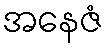
အနေဇံ